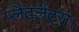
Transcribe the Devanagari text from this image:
प्लैटलैट्स।